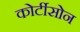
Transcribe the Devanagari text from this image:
कोर्टीसोन